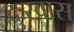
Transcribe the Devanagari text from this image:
दुःस्वास